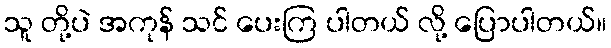
သူ တို့ပဲ အကုန် သင် ပေးကြ ပါတယ် လို့ ပြောပါတယ်။